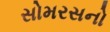
સોમરસનો